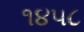
૧૪૫૮